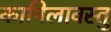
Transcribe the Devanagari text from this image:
कापिलावस्तु